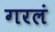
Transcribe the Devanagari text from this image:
गरलं